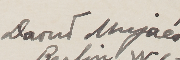
Daoud Mujaés